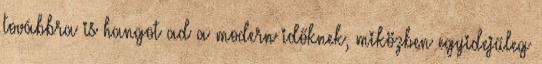
továbbra is hangot ad a modern időknek, miközben egyidejűleg